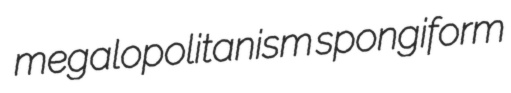
megalopolitanism spongiform